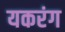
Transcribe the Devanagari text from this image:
यकरंग